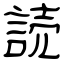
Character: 読